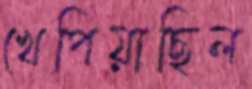
খেপিয়াছিল